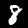
Label: 8